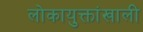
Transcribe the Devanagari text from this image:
लोकायुक्तांखाली